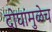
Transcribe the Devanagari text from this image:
दोघांमुळेच